Report on the bubonic plague in Bombay, 1896-1897
Year: 1896
Disease focus: Plague
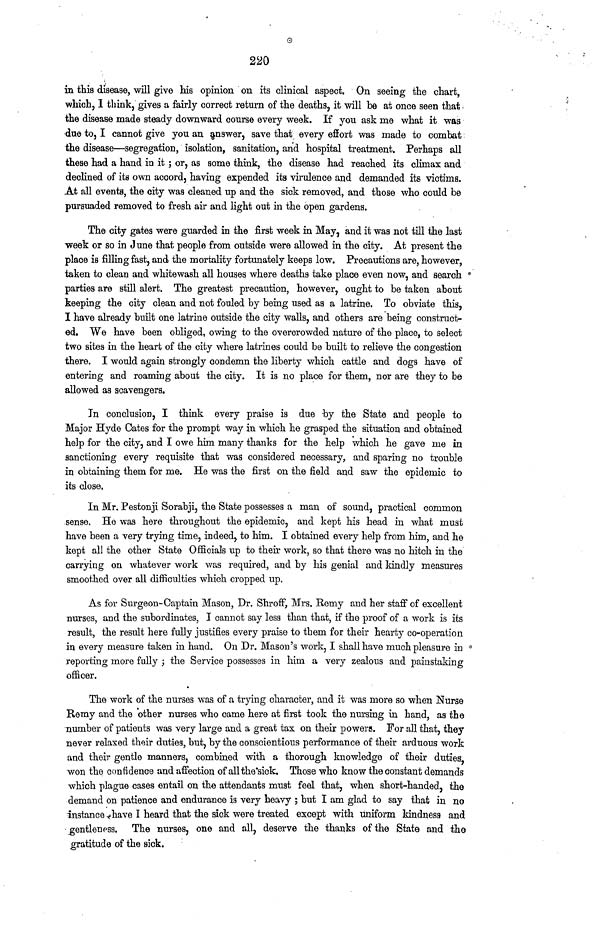
220
in this disease, will give his opinion on its clinical aspect. On seeing the chart,
which, I think, gives a fairly correct return of the deaths, it will be at once seen that
the disease made steady downward course every week. If you ask rne what it was
due to, I cannot give you an answer, save that every effort was made to combat
the disease—segregation, isolation, sanitation, and hospital treatment. Perhaps all
these had a hand in it ; or, as some think, the disease had reached its climax and
declined of its own accord, having expended its virulence and demanded its victims.
At all events, the city was cleaned up and the sick removed, and those who could be
pursuaded removed to fresh air and light out in the open gardens.
The city gates were guarded in the first week in May, and it was not till the last
week or so in June that people from outside were allowed in the city. At present the
place is filling fast, and the mortality fortunately keeps low. Precautions are, however,
taken to clean and whitewash all houses where deaths take place even now, and search
parties are still alert. The greatest precaution, however, ought to be taken about
keeping the city clean and not fouled by being used as a latrine. To obviate this,
I have already built one latrine outside the city walls, and others are being construct-
ed. We have been obliged, owing to the overcrowded nature of the place, to select
two sites in the heart of the city where latrines could be built to relieve the congestion
there. I would again strongly condemn the liberty which cattle and dogs have of
entering and roaming about the city. It is no place for them, nor are they to be
allowed as scavengers.
In conclusion, I think every praise is due by the State and people to
Major Hyde Gates for the prompt way in which he grasped the situation and obtained
help for the city, and I owe him many thanks for the help which he gave me in
sanctioning every requisite that was considered necessary, and sparing no trouble
in obtaining them for me. He was the first on the field and saw the epidemic to
its close.
In Mr. Pestonji Sorabji, the State possesses a man of sound, practical common
sense. He was here throughout the epidemic, and kept his head in what must
have been a very trying time, indeed, to him. I obtained every help from him, and he
kept all the other State Officials up to their work, so that there was no hitch in the
carrying on whatever work was required, and by his genial and kindly measures
smoothed over all difficulties which cropped up.
As for Surgeon-Captain Mason, Dr. Shroff, Mrs. Remy and her staff of excellent
nurses, and the subordinates, I cannot say less than that, if the proof of a work is its
result, the result here fully justifies every praise to them for their hearty co-operation
in every measure taken in hand. On Dr. Mason's work, I shall have much pleasure in
reporting more fully ; the Service possesses in him a very zealous and painstaking
officer.
The work of the nurses was of a trying character, and it was more so when Nurse
Remy and the other nurses who came here at first took the nursing in hand, as the
number of patients was very large and a great tax on their powers. For all that, they
never relaxed their duties, but, by the conscientious performance of their arduous work
and their gentle manners, combined with a thorough knowledge of their duties,
won the confidence and affection of all the sick. Those who know the constant demands
which plague cases entail on the attendants must feel that, when short-handed, the
demand on patience and endurance is very heavy ; but I am glad to say that in no
instance have I heard that the sick were treated except with uniform kindness and
gentleness. The nurses, one and all, deserve the thanks of the State and the
gratitude of the sick.